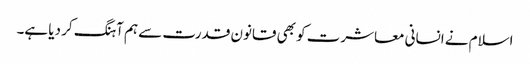
اسلام نے انسانی معاشرت کو بھی قانون قدرت سے ہم آہنگ کر دیا ہے۔